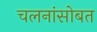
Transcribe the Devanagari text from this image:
चलनांसोबत